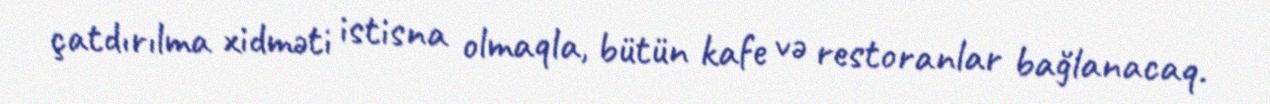
çatdırılma xidməti istisna olmaqla, bütün kafe və restoranlar bağlanacaq.